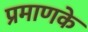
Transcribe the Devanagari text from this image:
प्रमाणके